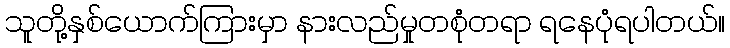
သူတို့နှစ်ယောက်ကြားမှာ နားလည်မှုတစုံတရာ ရနေပုံရပါတယ်။